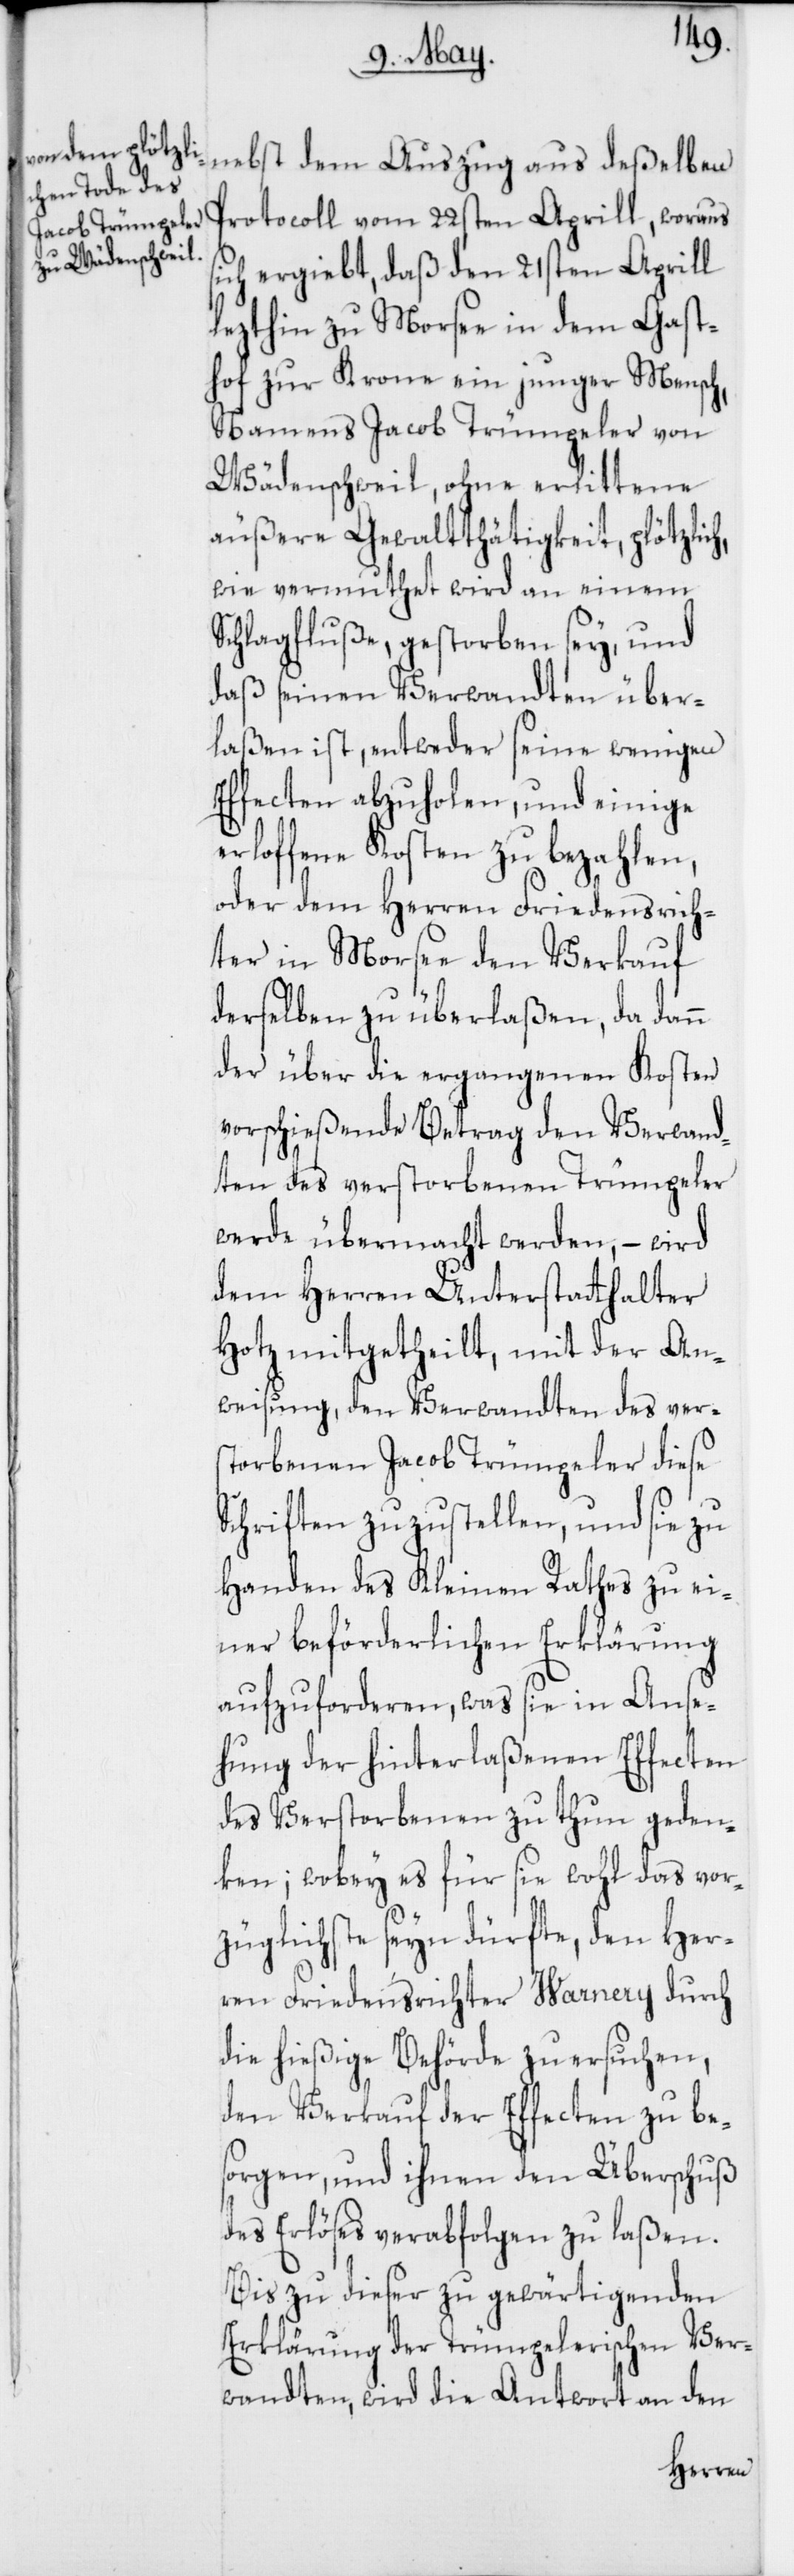
nebst dem Auszug aus deßelben
Protocoll vom 22sten Aprill, woraus
sich ergiebt, daß den 21sten Aprill
lezthin zu Morsee in dem Gast¬
hof zur Krone ein junger Mensch,
namens Jacob Trümpeler von
Wädenschweil, ohne erlittene
äußere Gewaltthätigkeit, plötzlich,
wie vermuthet wird an einem
Schlagfluße, gestorben sey, und
daß seinen Verwandten über¬
laßen ist, entweder seine wenigen
Effecten abzuholen, und einige
erloffene Kosten zu bezahlen,
oder dem Herren Friedensrich¬
ter in Morsee den Verkauf
derselben zu überlaßen, da dann
der über die ergangenen Kosten
vorschießende Betrag den Verwand¬
ten des verstorbenen Trümpeler
werde übermacht werden, – wird
dem Herren Unterstatthalter
Hotz mitgetheilt, mit der An¬
weisung, den Verwandten des ver¬
storbenen Jacob Trümpeler diese
Schriften zuzustellen, und sie zu
Handen des Kleinen Rathes zu ei¬
ner beförderlichen Erklärung
aufzuforderen, was sie in Anse¬
hung der hinterlaßenen Effecten
des Verstorbenen zu thun geden¬
ken; wobey es für sie wohl das vor¬
züglichste seyn dürfte, den Her¬
ren Friedensrichter Warnery durch
die hießige Behörde zu ersuchen,
den Verkauf der Effecten zu be¬
sorgen, und ihnen den Überschuß
des Erlöses verabfolgen zu laßen.
Bis zu dieser zu gewärtigenden
Erklärung der Trümpelerischen Ver¬
wandten, wird die Antwort an den